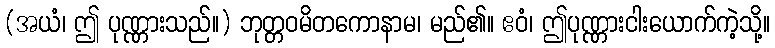
(အယံ၊ ဤ ပုဏ္ဏားသည်။) ဘုတ္တဝမိတကောနာမ၊ မည်၏။ ဧဝံ၊ ဤပုဏ္ဏားငါးယောက်ကဲ့သို့။